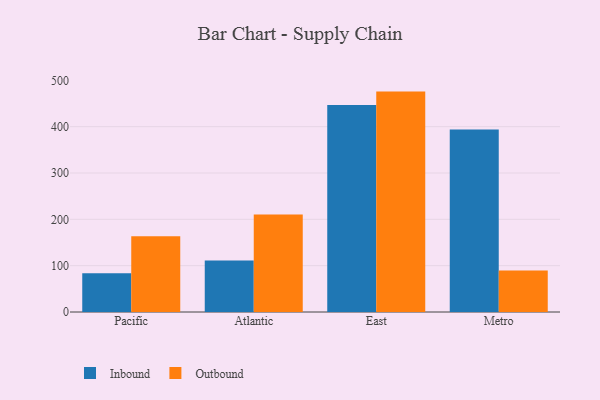
{"axis": {"x": "Region", "y": "Page Views"}, "legend": ["Inbound", "Outbound"], "data": [{"x": "Pacific", "y": 83.7, "type": "Inbound"}, {"x": "Pacific", "y": 163.7, "type": "Outbound"}, {"x": "Atlantic", "y": 111.0, "type": "Inbound"}, {"x": "Atlantic", "y": 210.7, "type": "Outbound"}, {"x": "East", "y": 446.6, "type": "Inbound"}, {"x": "East", "y": 475.7, "type": "Outbound"}, {"x": "Metro", "y": 393.8, "type": "Inbound"}, {"x": "Metro", "y": 89.7, "type": "Outbound"}]}